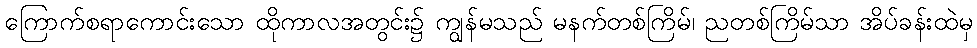
ကြောက်စရာကောင်းသော ထိုကာလအတွင်း၌ ကျွန်မသည် မနက်တစ်ကြိမ်၊ ညတစ်ကြိမ်သာ အိပ်ခန်းထဲမှ